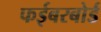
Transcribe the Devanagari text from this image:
फईबरबोर्ड